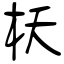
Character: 枖